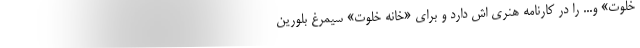
خلوت» و... را در کارنامه هنری اش دارد و برای «خانه خلوت» سیمرغ بلورین